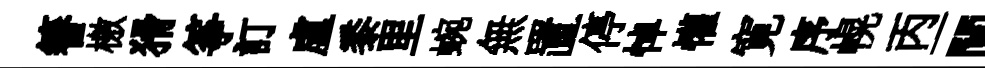
簮檄猾筝訂盧黍里蜿無置停悼懽寛序幌丙一閘